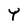
Character: Y